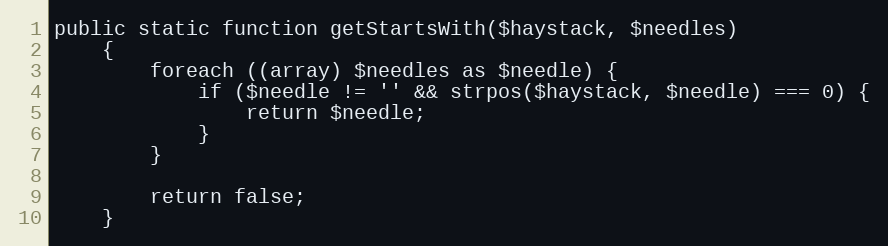
Language: PHP
public static function getStartsWith($haystack, $needles)
    {
        foreach ((array) $needles as $needle) {
            if ($needle != '' && strpos($haystack, $needle) === 0) {
                return $needle;
            }
        }

        return false;
    }